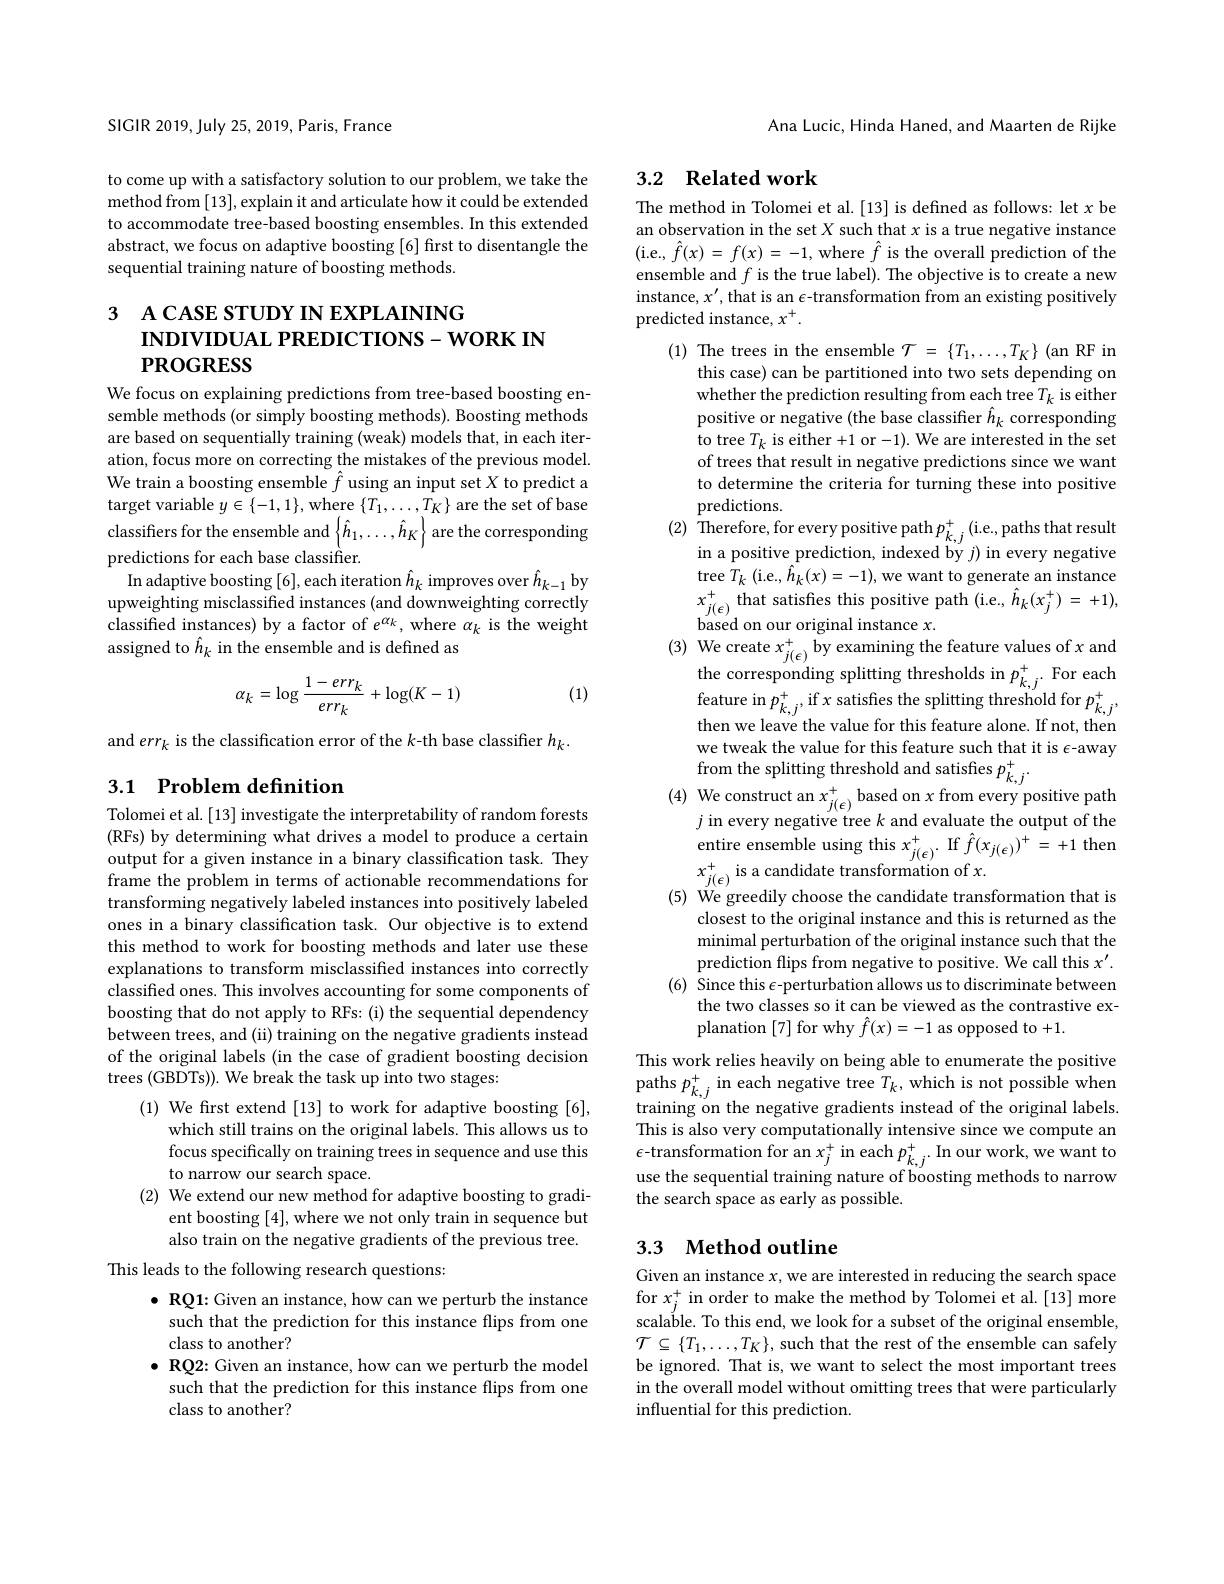
SIGIR 2019, July 25, 2019, Paris, France

to come up with a satisfactory solution to our problem, we take the method from [13], explain it and articulate how it could be extended to accommodate tree-based boosting ensembles. In this extended abstract, we focus on adaptive boosting [6] first to disentangle the sequential training nature of boosting methods.

# 3 A CASE STUDY IN EXPLAINING INDIVIDUAL PREDICTIONS-WORK IN $PROGRESS$

We focus on explaining predictions from tree-based boosting ensemble methods (or simply boosting methods). Boosting methods are based on sequentially training (weak) models that, in each iteration, focus more on correcting the mistakes of the previous model. We train a boosting ensemble $\hat{f}$ using an input set $X$ to predict a target variable $y\in\{-1,1\}$, where $\{T_1,\ldots,T_K\}$ are the set of base classifiers for the ensemble and $\left\{\hat{h}_1,\ldots,\hat{h}_K\right\}$ are the corresponding predictions for each base classifier.
In adaptive boosting [6], each iteration $\hat{h}_k$ improves over $\hat{h}_{k-1}$ by upweighting misclassified instances (and downweighting correctly classified instances) by a factor of $e^{\alpha_k}$, where $\alpha_k$ is the weight assigned to $\hat{h}_k$ in the ensemble and is defined as
$$\alpha_{k}=\log\frac{1-err_{k}}{err_{k}}+\log(K-1)$$
(1)

and $err_k$ is the classification error of the $k$-th base classiffer $h_k.$

## 3.1 Problem definition

Tolomei et al. [13] investigate the interpretability of random forests (RFs) by determining what drives a model to produce a certain output for a given instance in a binary classification task. They frame the problem in terms of actionable recommendations for transforming negatively labeled instances into positively labeled ones in a binary classification task. Our objective is to extend this method to work for boosting methods and later use these explanations to transform misclassified instances into correctly classified ones. This involves accounting for some components of boosting that do not apply to RFs: (i) the sequential dependency between trees, and (ii) training on the negative gradients instead of the original labels (in the case of gradient boosting decision trees (GBDTs)). We break the task up into two stages:

(1) We frst extend [13] to work for adaptive boosting [6],
which still trains on the original labels. This allows us to focus specifically on training trees in sequence and use this to narrow our search space.
(2) We extend our new method for adaptive boosting to gradi-
ent boosting [4],where we not only train in sequence but also train on the negative gradients of the previous tree.

This leads to the following research questions:

$\bullet$ RQ1: Given an instance, how can we perturb the instance such that the prediction for this instance flips from one class to another?
$\bullet$ RQ2: Given an instance, how can we perturb the model
such that the prediction for this instance flips from one
class to another?

Ana Lucic, Hinda Haned, and Maarten de Rijke

# 3.2 Related work

The method in Tolomei et al. [13] is defined as follows: let $x$ be an observation in the set $X$ such that $x$ is a true negative instance ( i. e. , $\hat{f} ( x) = f( x) = - 1$, where $\hat{f}$ is the overall prediction of the ensemble and $f$ is the true label). The objective is to create a new instance, $x^\prime$, that is an $\epsilon$-transformation from an existing positively predicted instance, $x^+.$
(1) The trees in the ensemble $\mathcal{T}=\{T_1,\ldots,T_K\}$ (an RF in
this case) can be partitioned into two sets depending on whether the prediction resulting from each tree $T_k$ is either positive or negative (the base classifier $\hat{h}_k$ corresponding to tree $T_k$ is either +1 or -1). We are interested in the set of trees that result in negative predictions since we want to determine the criteria for turning these into positive predictions.
$(2)\begin{array}{c}{\mathrm{Therefore,for~every~positive~path~}p_{k,j}^{+}}&{\mathrm{(i.e.,paths~that~result}}\\{\mathrm{(2)~Therefore,~for~every~positive~path~}p_{k,j}^{+}}&{\mathrm{(i.e.,paths~that~result}}\\{\mathrm{(i.e.,paths~that~result}}\end{array}$
in a positive prediction, indexed by $j)$ in every negative tree $T_{k}$ (i. e. , $\hat{h} _{k}( x) = - 1) $,we want to generate an instance $x_{j( \epsilon ) }^{+ }$ that satisfies this positive path ( i. e. , $\hat{h} _{k}$( $x_{j}^{+ }$) = + 1) , based on our original instance $x.$
(3) We create $x_j(\epsilon)^+$ by examining the feature values of $x$ and
the corresponding splitting thresholds in $p_{k, j}^{+ }.$ For each feature in $p_{k, j}^{+ }$,if $x$ satisfies the splitting threshold for $p_{k, j}^{+ }$, then we leave the value for this feature alone. If not, then $\begin{array}{l}\text{we tweak the value for this feature such that it is -away}\\\text{from the splitting threshold and satisfies }p_{k,j}^{+}\end{array}$
$\begin{array}{c}(4)&\text{We construct an }x_{j(\epsilon)}^{+}\text{based on }x\text{ from every positive path}\\j&\text{in every negative treee }k\text{ and evaluate the output of the}\end{array}$
entire ensemble using this $x_{j(\epsilon)}^{+}.$ If $\hat{f}(x_{j(\epsilon)})^{+}=+1$ then
$x_{j(\epsilon)}^{+}$ is a candidate transformation of $x.$
(5) We greedily choose the candidate transformation that is
closest to the original instance and this is returned as the minimal perturbation of the original instance such that the prediction flips from negative to positive. We call this $x^\prime.$
(6) Since this $\epsilon$-perturbation allows us to discriminate between
the two classes so it can be viewed as the contrastive ex-
planation [7] for why $\hat{f}(x)=-1$ as opposed to +1.
This work relies heavily on being able to enumerate the positive paths $p_k,j^+$ in each negative tree $T_k$, which is not possible when training on the negative gradients instead of the original labels This is also very computationally intensive since we compute an $\epsilon$-transformation for an $x_j^+$ in each $p_k,j^+.$ In our work, we want to use the sequential training nature of boosting methods to narrow the search space as early as possible.

## 3.3 Method outline

Given an instance $x$, we are interested in reducing the search space for $x_j^+$ in order to make the method by Tolomei et al.[13] more scalable. To this end, we look for a subset of the original ensemble, $\mathcal{T}\subseteq\{T_{1},\ldots,T_{K}\}$, such that the rest of the ensemble can safely be ignored. That is, we want to select the most important trees in the overall model without omitting trees that were particularly influential for this prediction.